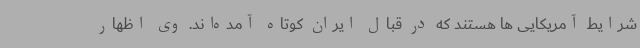
شرایط آمریکایی ها هستند که در قبال ایران کوتاه آمده‌اند. وی اظهار